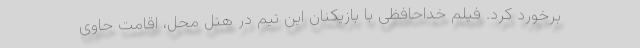
برخورد کرد. فیلم خداحافظی با بازیکنان این تیم در هتل محل، اقامت حاوی